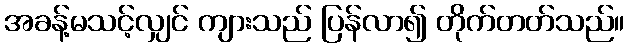
အခန့်မသင့်လျှင် ကျားသည် ပြန်လာ၍ တိုက်တတ်သည်။